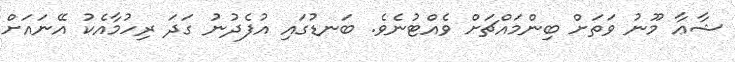
ޝާޢާ މޫނު ވަތަށް ބިންމައްޗަށް ވެއްޓުނެވެ. ބަނޑުގައި އުފެދުނު ގަދަ ރިހުމާއެކު އޭނައަށް